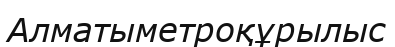
Алматыметроқұрылыс